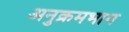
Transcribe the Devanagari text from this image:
अनुक्रमभाग